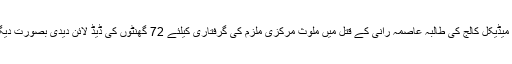
بیورو رپورٹ کے مطابق پراونشل ڈاکٹرز ایسوسی ایشن یوتھ فورم نے حکومت کو کوہاٹ میں میڈیکل کالج کی طالبہ عاصمہ رانی کے قتل میں ملوث مرکزی ملزم کی گرفتاری کیلئے 72 گھنٹوں کی ڈیڈ لائن دیدی بصورت دیگر صوبہ بھر کے تمام ہسپتالوں اور میڈیکل کالجز میں احتجاج کا سلسلہ شروع کردیا جائے گا۔